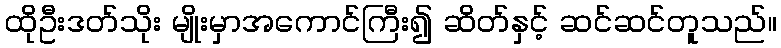
ထိုဦးဒတ်သိုး မျိုးမှာအကောင်ကြီး၍ ဆိတ်နှင့် ဆင်ဆင်တူသည်။